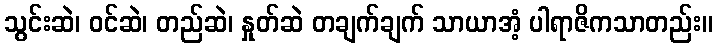
သွင်းဆဲ၊ ဝင်ဆဲ၊ တည်ဆဲ၊ နှုတ်ဆဲ တချက်ချက် သာယာအံ့ ပါရာဇိကသာတည်း။